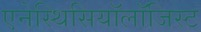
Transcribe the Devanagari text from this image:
एनेस्थिसियॉलॉजिस्ट